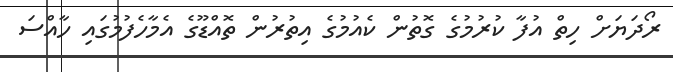
ރޯދަޔަށް ހިތް އުފާ ކުރުމުގެ ގޮތުން ކެއުމުގެ އިތުރުން ތޮއްޑޫގެ އެމާހެފުމުގައި ހާއްސަ